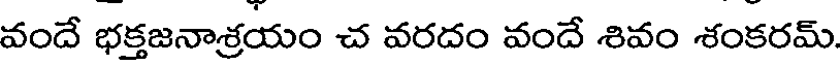
వందే భక్తజనాశ్రయం చ వరదం వందే శివం శంకరమ్.